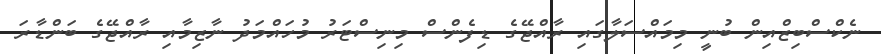
ނެކްސްބިޒްއިން ބުނީ މިމައްސަލާގައި ރާއްޖޭގެ ޑިފެންސް މިނިސްޓަރު މުހައްމަދު ނާޒިމާއި ރާއްޖޭގެ ބަންޑާރަ